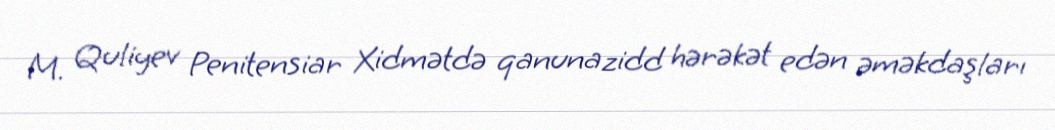
M. Quliyev Penitensiar Xidmətdə qanunazidd hərəkət edən əməkdaşları